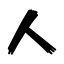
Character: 人